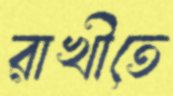
রাখীতে